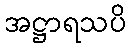
အဋ္ဌာရသပိ